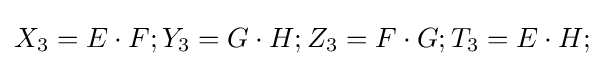
X_{3}=E\cdot F;Y_{3}=G\cdot H;Z_{3}=F\cdot G;T_{3}=E\cdot H;